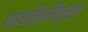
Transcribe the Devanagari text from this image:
पाणीनीच्या